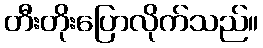
တီးတိုးပြောလိုက်သည်။